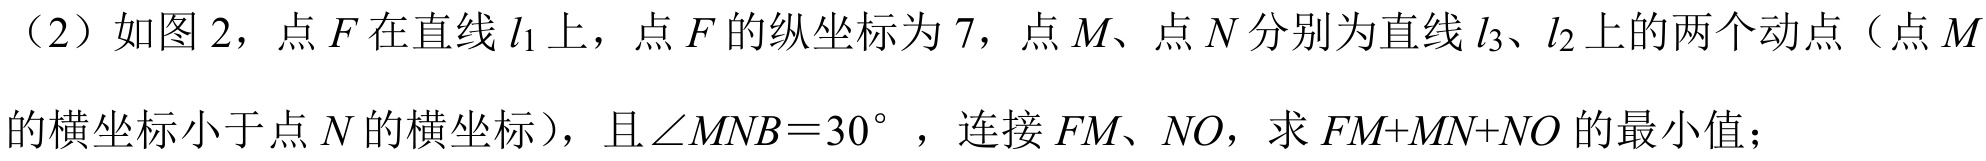
（2）如图 2，点 \(F\) 在直线 \(l_{1}\) 上，点 \(F\) 的纵坐标为 \(7\)，点 \(M\)、点 \(N\) 分别为直线 \(l_{3}\)、\(l_{2}\) 上的两个动点（点 \(M\) 的横坐标小于点 \(N\) 的横坐标），且 \(\angle MNB = 30^{\circ}\) ，连接 \(FM\)、\(NO\)，求 \(FM + MN+NO\) 的最小值；